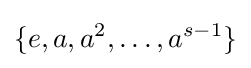
\{e,a,a^{2},\dots ,a^{s-1}\}